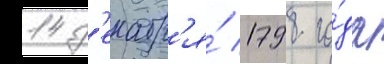
14 д'екабр'я́ 1798 го́да